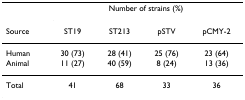
|  | <COLSPAN=4> Number of strains (%) |
 | Source | ST19 | ST213 | pSTV | pCMY-2 |
 | --- | --- | --- | --- | --- |
 | Human | 30 (73) | 28 (41) | 25 (76) | 23 (64) |
 | Animal | 11 (27) | 40 (59) | 8 (24) | 13 (36) |
 | Total | 41 | 68 | 33 | 36 |